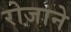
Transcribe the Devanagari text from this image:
रोजाने